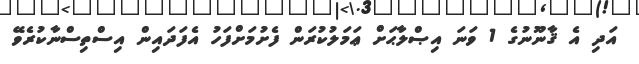
އަދި އެ ޤާނޫނުގެ 1 ވަނަ އިޞްލާޙަށް ޢަމަލުކުރަން ފެށުމަށްފަހު އެފަދައިން އިސްތިސްނާކުރެވޭ